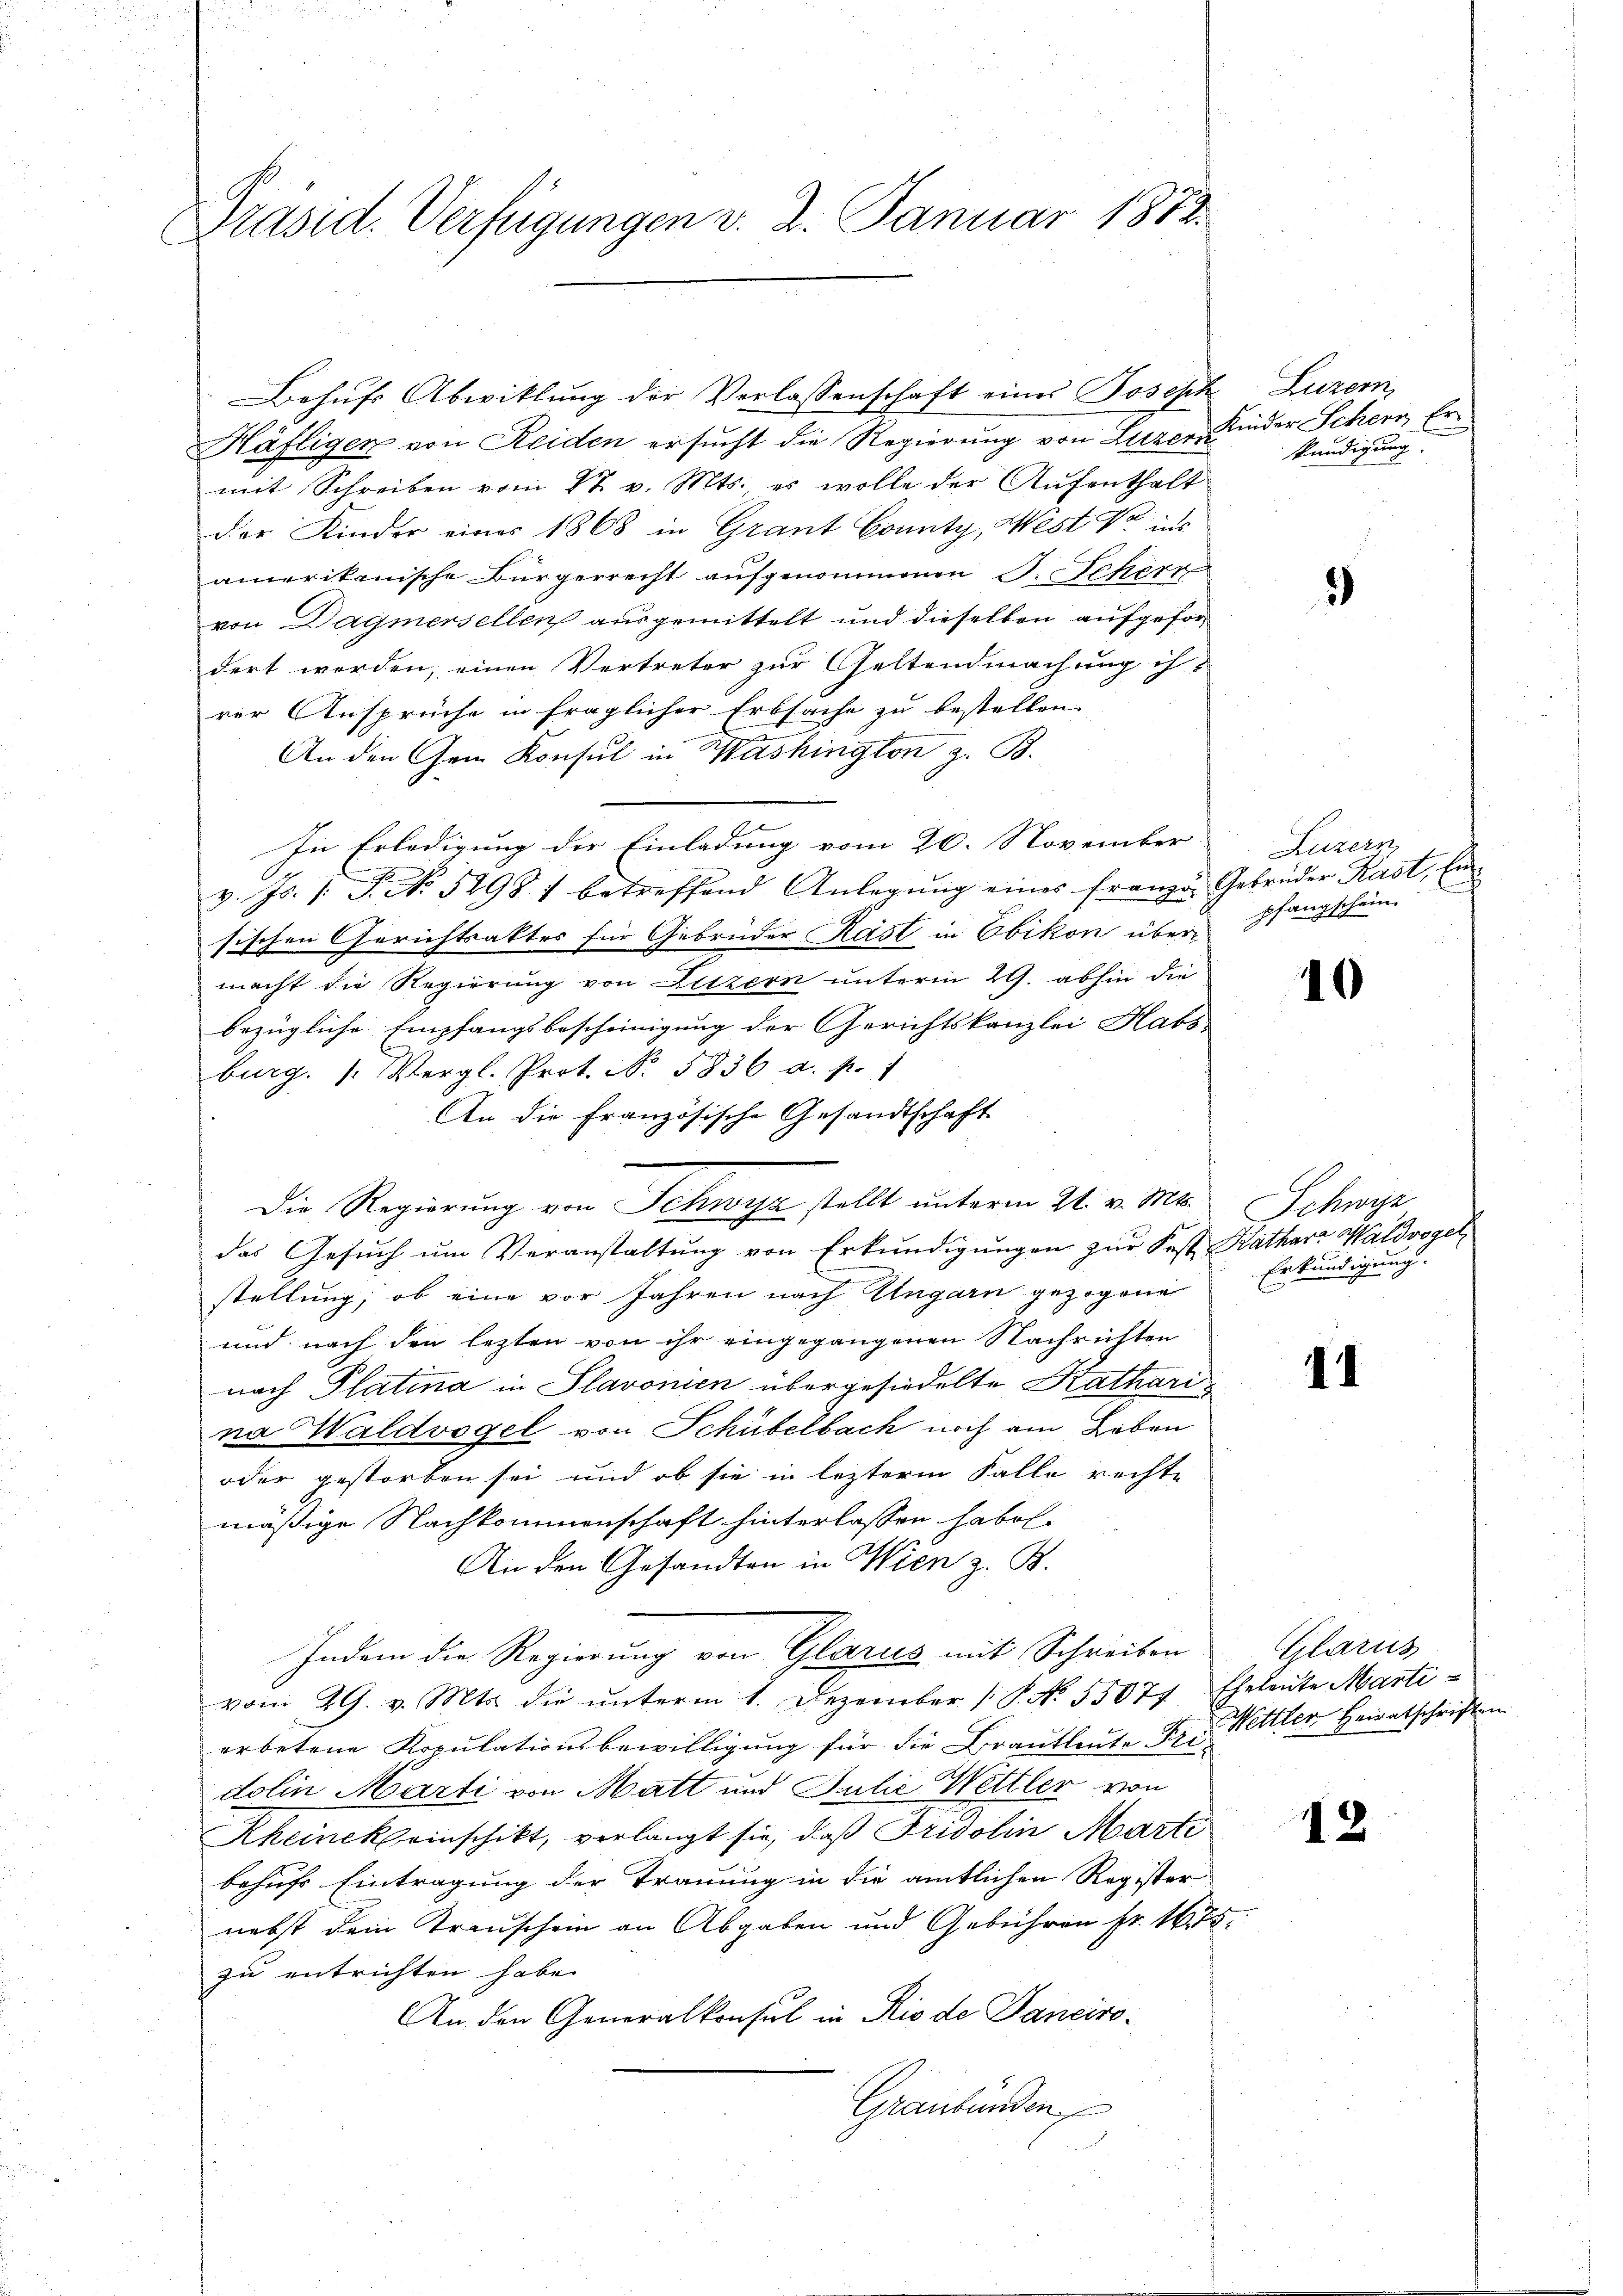
Präsid. Verfügungen v. 2. Januar 1882.

Behufs Abwicklung der Verlassenschaft eines Joseph
Häfligen von Reiden ersucht die Regierung von Luzer Kinder Schern Ermit Schreiben vom 27. v. Mts. es wolle der Aufenthalt
der Kinder eines 1868 in Graut County, West do ins
amerikanische Bürgerrecht aufgenommenen S. Schere
von Dagmersellen ausgemittelt und dieselben aufgefordert werden, einen Vertreter zur Geltendmachung ih-
rer Ansprüche in fraglicher Erbsache zu bestellen. |
An den Gem Konsul in Washington z. B.
In Erledigung der Einladung vom 20. November
v. Js. 1. F. No. 58981 betreffend Anlegŭng eines franze Gebrüder Kast, Ensischen Gerichtsaktes für Gebrüder Kast in Ebikon über
macht die Regierung von Litzern unterm 29. abhin die
bezügliche Empfangsbescheinigung der Gerichtskanzlei Habs
burg. Vergl. Prot. No. 5836 a. p. 1
An die Französische Gesandtschaft
Die Regierung von Schwyz stellt unterm 21. v. Mts.
das Gesuch um Veranstaltung von Erkundigungen zur Fest Kathar-Waldvogel
stellung, ob eine vor Jahren nach Ungarn gezogene
und nach den lezten von ihr eingegangenen Nachrichten
nach Platina in Slavonien übergesiedelte Kathari
na Waldvogel von Schübelbach noch am Leben
oder gestorben sei und ob sie in lezterm Falle rechte
mäßige Nachkommenschaft hinterlassen habe.
An den Gesandten in Wien z. B.
Indem die Regierung von Glarus mit Schreiben
vom 29. v. Mts. die ŭnterm 1. Dezember 18. No. 55077, Eheleute Marti-
erbetene Kopulationsbewilligung für die Brautleute Dr. Hettler Heiratschriften
dolin Marti von Matt und Julie Wettler von
Rheinckheinschikt, verlangt sie, daß Fridolin Marti
behufs Eintragung der Trauung in die amtlichen Register
nebst dein Trauschein an Abgaben und Gebühren fr. 1675.
zu entrichten habe.
An den Generalkonsul in Rio de Panciro¬
Graubünden

Luzern,
kündigung.

)

Luzern,
pfangschein.

10

Schwyz
Erkundigung.

41

Glarus

12